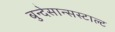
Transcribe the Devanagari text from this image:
बुन्देसान्सस्टाल्ट